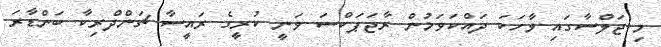
މި ޖަލްސާގައި ވާހަކަ ދައްކަވަމުން ރާޖަޕަކްސަ ވަނީ ކުރީގެ ރައީސާ ޗަންދްރިކާ ބަންޑާރަ